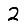
Digit: 2